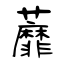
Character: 蘼